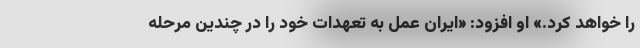
را خواهد کرد.» او افزود: «ایران عمل به تعهدات خود را در چندین مرحله